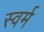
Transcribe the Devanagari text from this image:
स्वर्म